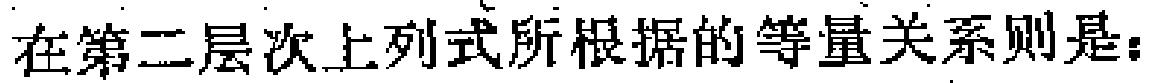
在第二层次上列式所根据的等量关系则是：